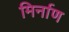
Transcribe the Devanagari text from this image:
मिर्नाण